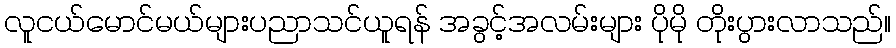
လူငယ်မောင်မယ်များပညာသင်ယူရန် အခွင့်အလမ်းများ ပိုမို တိုးပွားလာသည်။